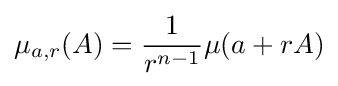
\mu _{a,r}(A)={\frac {1}{r^{n-1}}}\mu (a+rA)